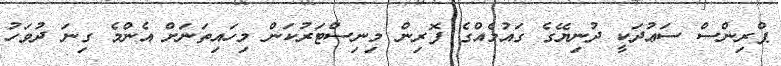
ޕްރިންސް ސަޢުދަކީ ދުނިޔޭގެ ގައުމެއްގެ ފޮރިން މިނިސްޓަރުކަން މިހައިތަނަށް އެންމެ ގިނަ ދުވަހު